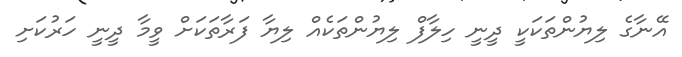
އޭނާގެ ލިޔުންތަކަކީ ދީނީ ހިލާފް ލިޔުންތަކެއް ލިޔާ ފަރާތަކަށް ވީމާ ދީނީ ހަރުކަށި